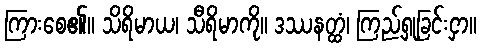
ကြားစေ၏။ သိရိမာယ၊ သီရိမာကို။ ဒဿနတ္ထံ၊ ကြည့်ရှုခြင်းငှာ။